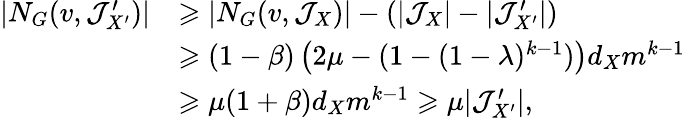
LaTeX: \begin{array}{rl}{|N_{G}(v,\mathcal{J}_{X^{\prime}}^{\prime})|}&{\geqslant|N_{G}(v,\mathcal{J}_{X})|-(|\mathcal{J}_{X}|-|\mathcal{J}_{X^{\prime}}^{\prime}|)}\\ &{\geqslant(1-\beta)\left(2\mu-(1-(1-\lambda)^{k-1})\right)d_{X}m^{k-1}}\\ &{\geqslant\mu(1+\beta)d_{X}m^{k-1}\geqslant\mu|\mathcal{J}_{X^{\prime}}^{\prime}|,}\end{array}